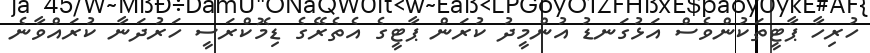
ހުރިހާ ޕާޓީތަކުންވެސް އަޅުގަނޑު އުންމީދު ކުރަން ޕާޓީގެ އެތެރޭގެ ޑިމޮކްރަސީ ހަރުދަނާ ކުރައްވާނެ